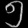
Digit: ၅